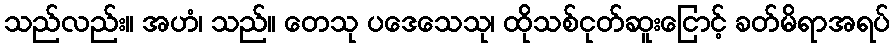
သည်လည်း။ အဟံ၊ သည်။ တေသု ပဒေသေသု၊ ထိုသစ်ငုတ်ဆူးငြောင့် ခတ်မိရာအရပ်